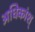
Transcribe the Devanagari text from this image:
अधिकांश्